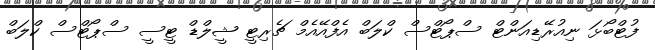
ފުޓްބޯޅަ ނިއުރޭޑިއަންޓް ސްޕޯޓްސް ކްލަބް އެފްއޭއެމް ޗެރިޓީ ޝީލްޑް ޓީސީ ސްޕޯޓްސް ކްލަބް